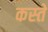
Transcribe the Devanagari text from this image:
कस्‍ते